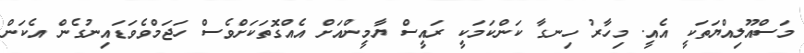
މަސްއޫލިއްޔަތަކީ އެއީ. މިހާރު ހިނގާ ކަންކަމަކީ ރައީސް ޔާމީންއަށް އެއްގޮތަކަށްވެސް ހަޖަމްވެވަޑައިނުގެން އެކަން